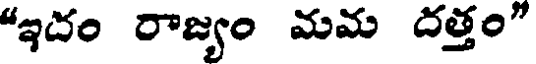
"ఇదం రాజ్యం మమ దత్తం"